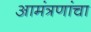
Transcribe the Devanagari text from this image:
आमंत्रणांचा